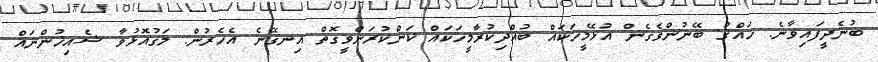
ބުނެދީފައިވާނެ. ހައްޤު ބޭނުންވެގެން އުޅޭމީހަކައް ބުއްދިކުރާމީހަކައް ކަންކުރަންވީގޮތް އިނގޭނެ އެހެރުން. މަގުއޮޅުވާ ޝެއިޚުންނައް